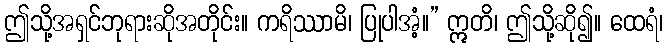
ဤသို့အရှင်ဘုရားဆိုအတိုင်း။ ကရိဿာမိ၊ ပြုပါအံ့။” ဣတိ၊ ဤသို့ဆို၍။ ထေရံ၊